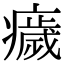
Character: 𤻀